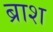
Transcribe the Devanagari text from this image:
ब्राश